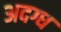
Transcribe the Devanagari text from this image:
अदग्ध